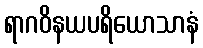
ရာဂဝိနယပရိယောသာနံ